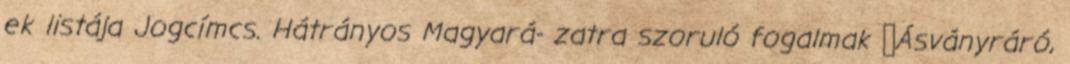
ek listája Jogcímcs. Hátrányos Magyará- zatra szoruló fogalmak ▪Ásványráró,